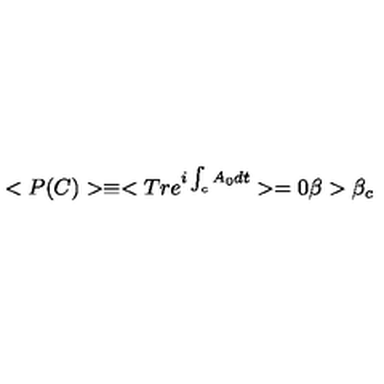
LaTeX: < P ( C ) > \equiv < T r e ^ { i \int _ { c } A _ { 0 } d t } > = 0 \beta > \beta _ { c }